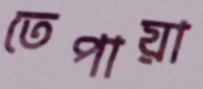
তেপায়া